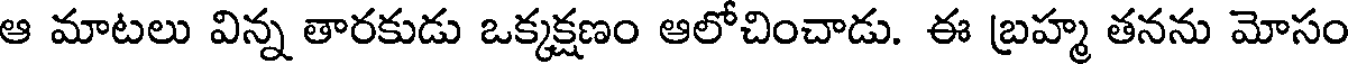
ఆ మాటలు విన్న తారకుడు ఒక్కక్షణం ఆలోచించాడు. ఈ బ్రహ్మ తనను మోసం